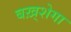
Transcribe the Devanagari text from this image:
बख़्शेगा